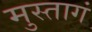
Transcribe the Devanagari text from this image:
मुस्तागं